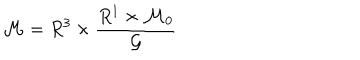
{ \cal M } = R ^ { 3 } \times \frac { R ^ { 1 } \times { \cal M } _ { 0 } } { \cal G }